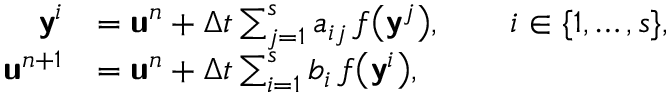
\begin{array} { r l } { \mathbf { \boldsymbol { \mathsf { y } } } ^ { i } } & { = \mathbf { \boldsymbol { \mathsf { u } } } ^ { n } + \Delta t \sum _ { j = 1 } ^ { s } a _ { i j } \, f \bigl ( \mathbf { \boldsymbol { \mathsf { y } } } ^ { j } \bigr ) , \qquad i \in \{ 1 , \dots , s \} , } \\ { \mathbf { \boldsymbol { \mathsf { u } } } ^ { n + 1 } } & { = \mathbf { \boldsymbol { \mathsf { u } } } ^ { n } + \Delta t \sum _ { i = 1 } ^ { s } b _ { i } \, f \bigl ( \mathbf { \boldsymbol { \mathsf { y } } } ^ { i } \bigr ) , } \end{array}